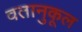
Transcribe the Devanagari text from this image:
वतानुकूल